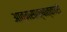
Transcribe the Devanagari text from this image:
आत्मसाक्षात्कारी